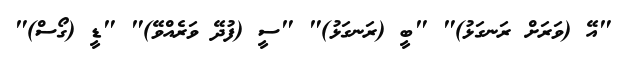
"އޭ (ވަރަށް ރަނގަޅު)" "ބީ (ރަނގަޅު)" "ސީ (ފުދޭ ވަރެއްވޭ)" "ޑީ (ގޯސް)"